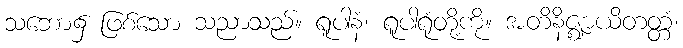
သဘော၌ ဖြစ်သော သညာသည်။ ရူပါနံ၊ ရူပါရုံတို့ကို။ အတိနိဇ္ဈာယိတတ္တံ၊